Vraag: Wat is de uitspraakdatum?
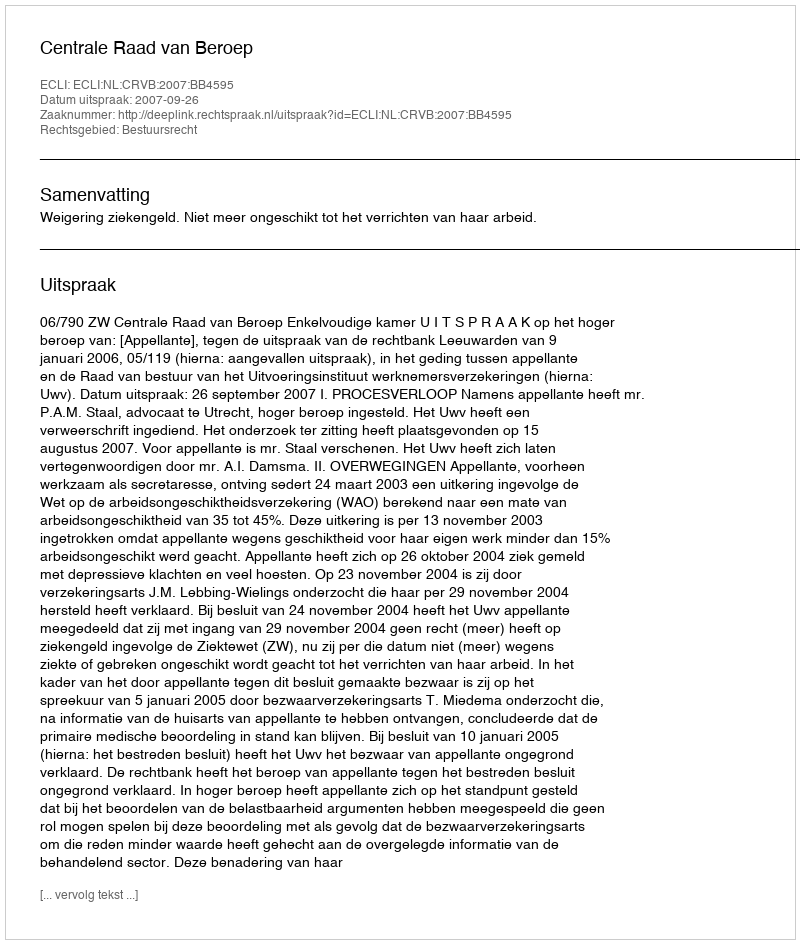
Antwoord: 2007-09-26